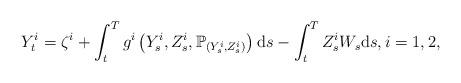
LaTeX: \begin{align*}Y_{t}^{i}=\zeta ^{i}+\int_{t}^{T}g^{i}\left( Y_{s}^{i},Z_{s}^{i},\mathbb{P}_{\left( Y_{s}^{i},Z_{s}^{i}\right) }\right) \mathrm{d}s-\int_{t}^{T}Z_{s}^{i}W_{s}\mathrm{d}s,i=1,2, \end{align*}